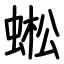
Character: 蜙